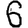
Digit: 6